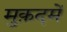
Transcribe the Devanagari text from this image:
मुक़दमें